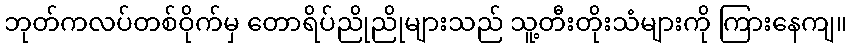
ဘုတ်ကလပ်တစ်ဝိုက်မှ တောရိပ်ညိုညိုများသည် သူ့တီးတိုးသံများကို ကြားနေကျ။